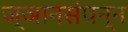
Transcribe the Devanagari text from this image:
ज्ञानसंपन्न